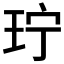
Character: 𬍜